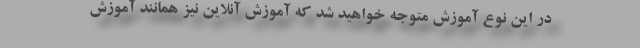
در این نوع آموزش متوجه خواهید شد که آموزش آنلاین نیز همانند آموزش